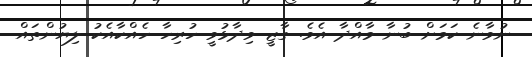
ނުވާނެ ކަމަށް ބުނާ މާއްދާ އެވެ. ގާޒީ ވިދާޅުވީ ހުރިހާ ހެއްކާއެކު ލިޔުންތައް